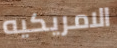
الامريكيه